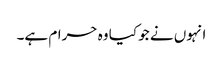
انہوں نے جو کیا وہ حرام ہے۔